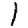
Digit: 1